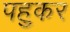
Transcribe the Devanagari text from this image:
पहुकर